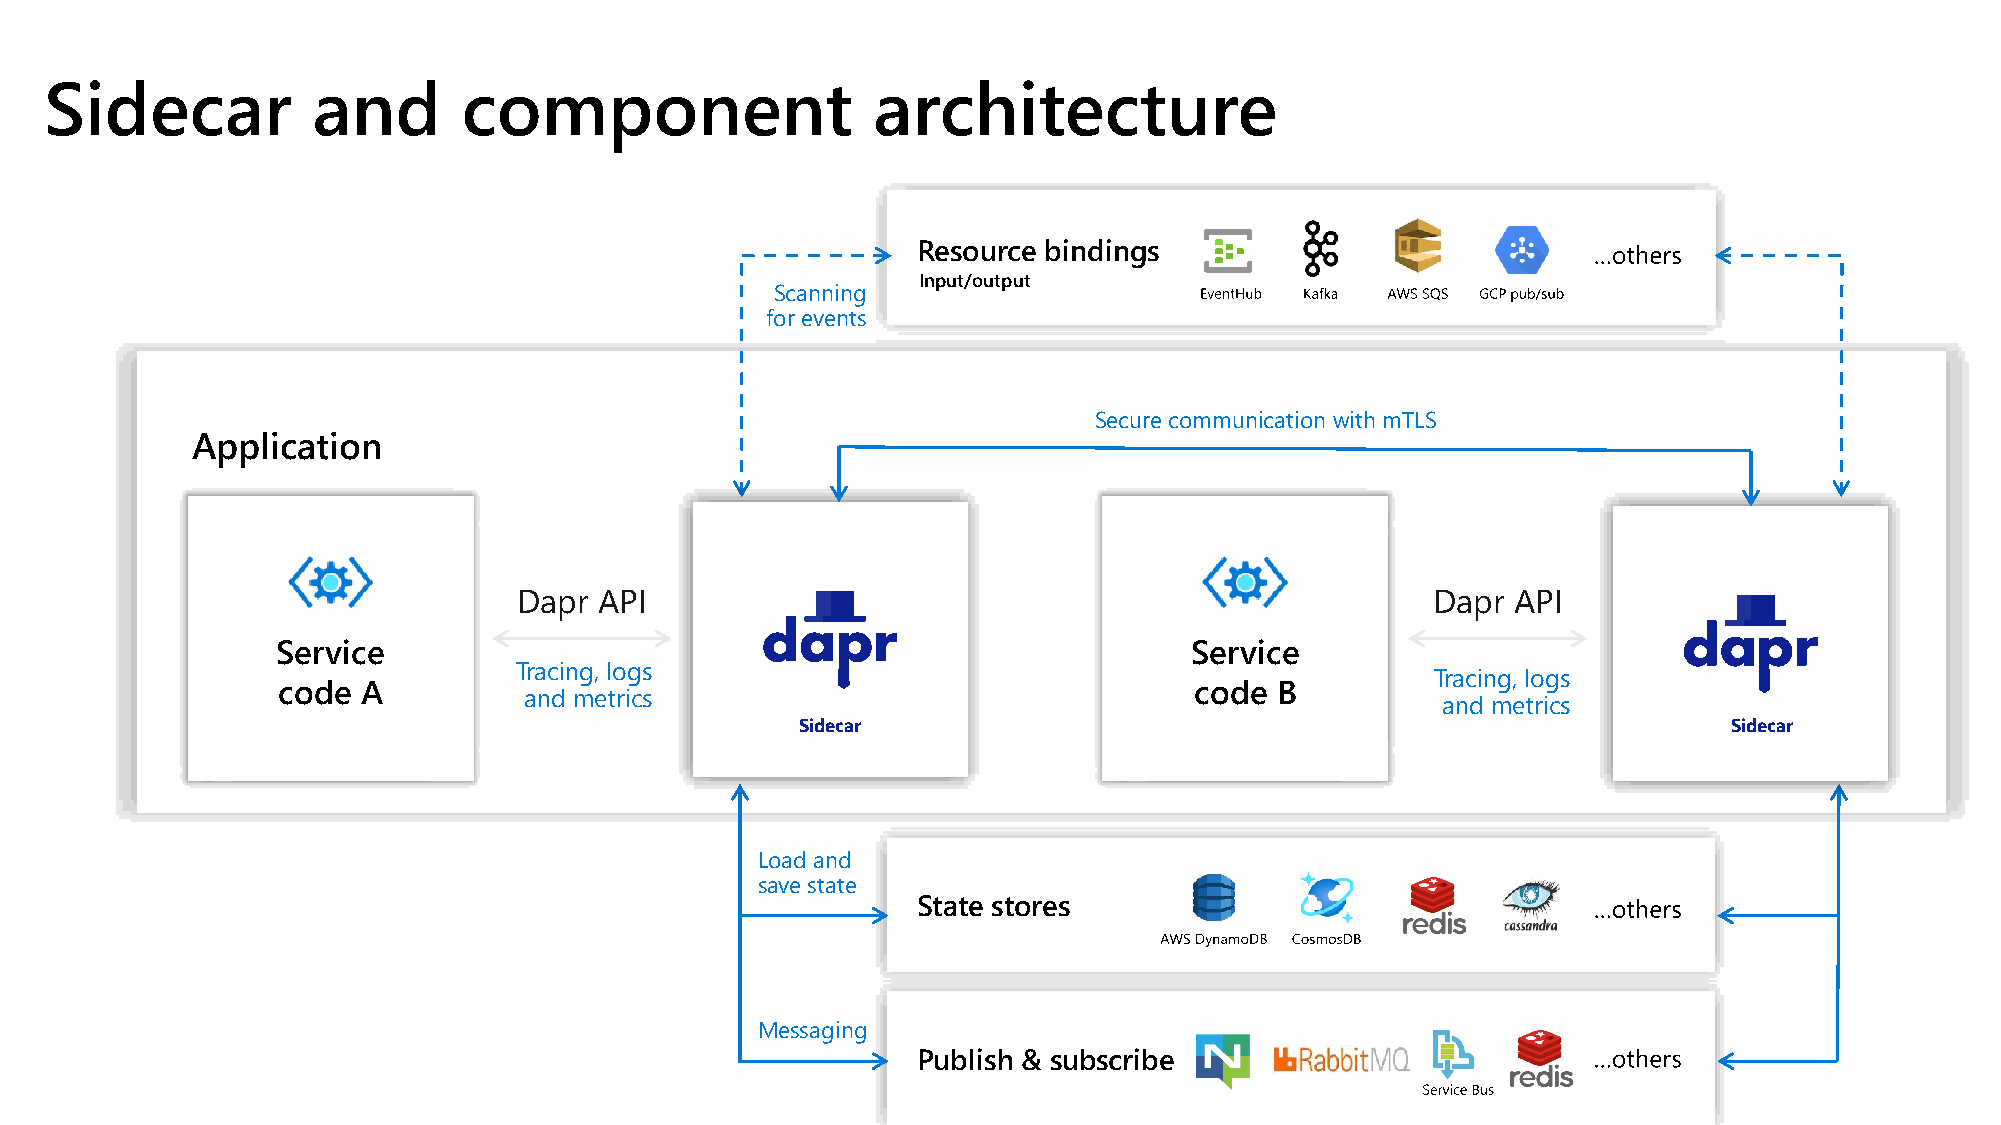
Sidecar           and       component                  architecture
 Resource bindings
 Input/output
 Scanning
 for events
 Secure communication with mTLS
 Application
 Dapr  API                                                    Dapr API
 Service                                                      Service
 Tracing, logs                                                Tracing, logs
 code  A                                                      code B
 and metrics                                                 and metrics
 Sidecar                                                       Sidecar
 Load and
 save state
 State stores
 Messaging
 Publish & subscribe